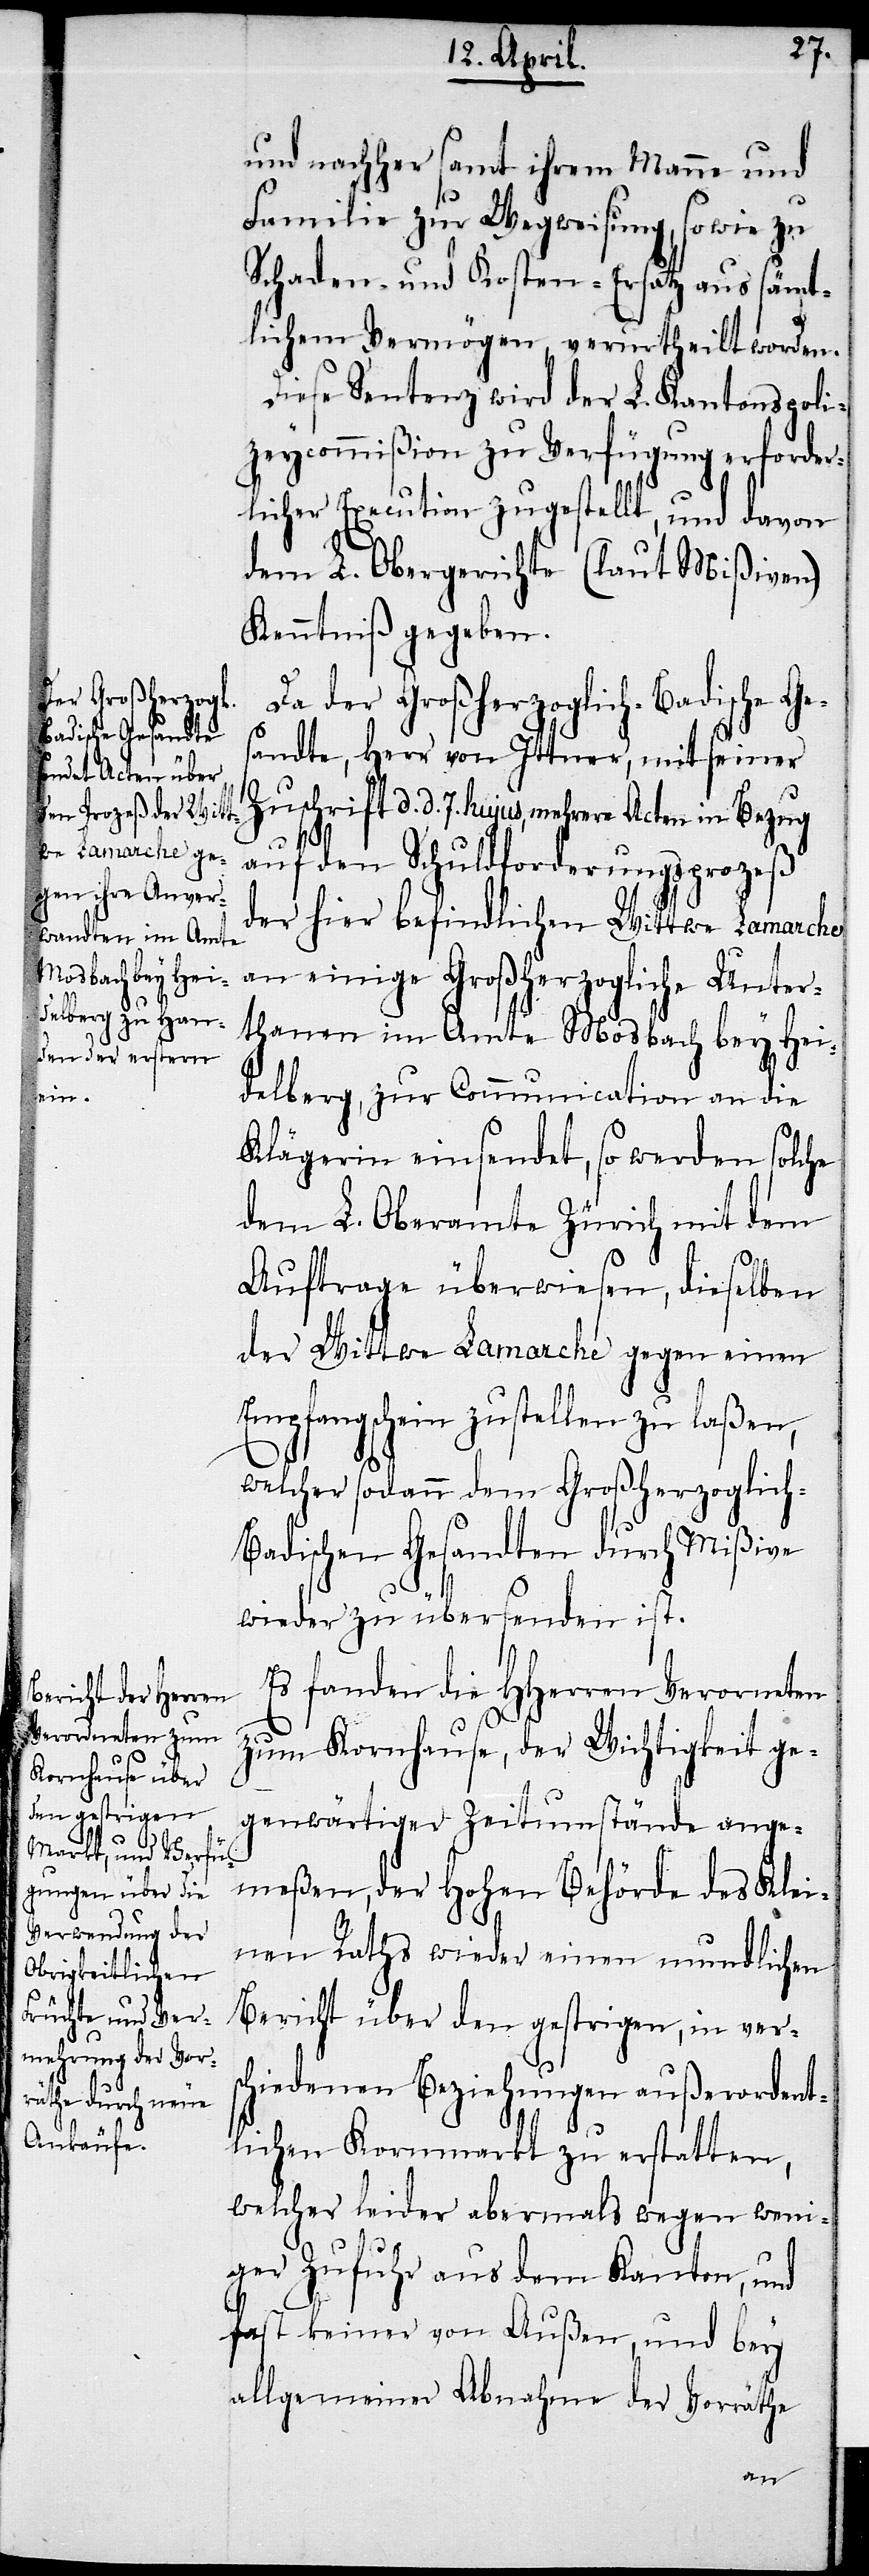
ten

und nachher samt ihrem Manne und
Familie zur Wegweisung, sowie zu
Schaden- und Kosten-Ersatz aus sämt¬
lichem Vermögen, verurtheilt worden.
Diese Sentenz wird der L. Kantonspoli¬
zeycommißion zu Verfügung erforder¬
licher Execution zugestellt, und davon
dem L. Obergerichte (laut Mißiven)
Kenntniß gegeben.
Da der Großherzoglich-Badische Ge¬
sandte, Herr von Ittner, mit seiner
Zuschrift d. d. 7. hujus, mehrere Acten in Bezug
auf den Schuldforderungsprozeß
der hier befindlichen Wittwe Lamarche
an einige Großherzogliche Unter¬
thanen im Amte Mosbach bey Hei¬
delberg, zur Communication an die
Klägerin einsendet, so werden solche
dem L. Oberamte Zürich mit dem
Auftrage überwiesen, dieselben
der Wittwe Lamarche gegen einen
Empfangschein zustellen zu laßen,
welcher sodann dem Großherzoglich-B¬
adischen Gesandten durch Mißive
wieder zu übersenden ist.
Es fanden die HHerren Veror[d]ne¬
zum Kornhause, der Wichtigkeit ge¬
genwärtiger Zeitumstände ange¬
meßen, der Hohen Behörde des Klei¬
nen Raths wieder einen mundlichen
Bericht über den gestrigen, in vers¬
chiedenen Beziehungen außerordent¬
lichen Kornmarkt zu erstatten,
welcher leider abermals wegen weni¬
ger Zufuhr aus dem Kanton, und
fast keiner von Außen, und bey
allgemeiner Abnahme der Vorräthe